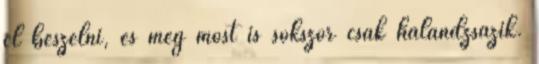
el beszélni, és még most is sokszor csak halandzsázik.